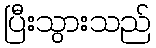
ပြီးသွားသည်